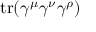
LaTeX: \operatorname { t r } ( \gamma ^ { \mu } \gamma ^ { \nu } \gamma ^ { \rho } )